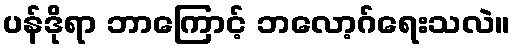
ပန်ဒိုရာ ဘာကြောင့် ဘလော့ဂ်ရေးသလဲ။